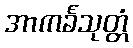
အာကင်္ခသုတ္တံ